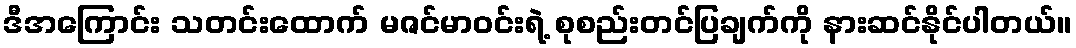
ဒီအကြောင်း သတင်းထောက် မဇင်မာဝင်းရဲ့ စုစည်းတင်ပြချက်ကို နားဆင်နိုင်ပါတယ်။